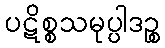
ပဋိစ္စသမုပ္ပါဒဉ္စ